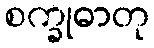
စက္ခုဓာတု